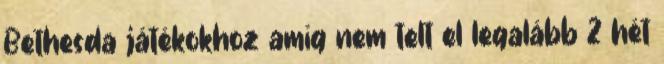
Bethesda játékokhoz amíg nem telt el legalább 2 hét